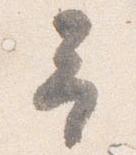
予